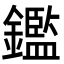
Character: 鑑